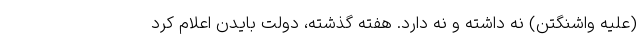
(علیه واشنگتن) نه داشته و نه دارد. هفته گذشته، دولت بایدن اعلام کرد